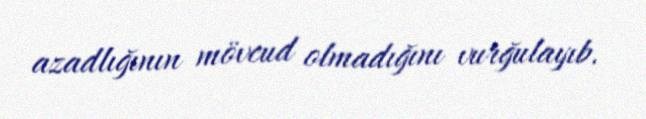
azadlığının mövcud olmadığını vurğulayıb.